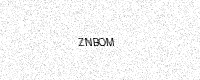
Text: ZNBOM